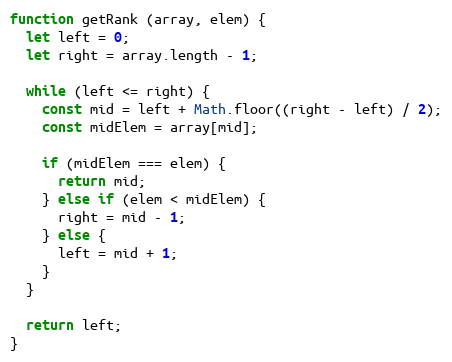
Language: JavaScript
function getRank (array, elem) {
  let left = 0;
  let right = array.length - 1;

  while (left <= right) {
    const mid = left + Math.floor((right - left) / 2);
    const midElem = array[mid];

    if (midElem === elem) {
      return mid;
    } else if (elem < midElem) {
      right = mid - 1;
    } else {
      left = mid + 1;
    }
  }

  return left;
}